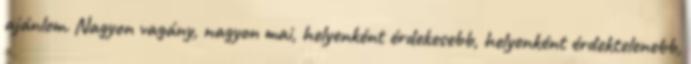
ajánlom. Nagyon vagány, nagyon mai, helyenként érdekesebb, helyenként érdektelenebb,